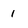
Character: 1